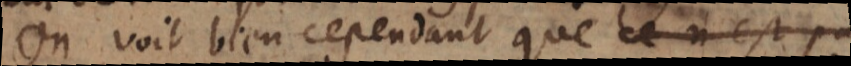
On voit bien cependant que ce n’est pa